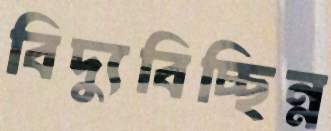
বিদ্যুবিচ্ছিন্ন